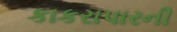
કાકરાપારની